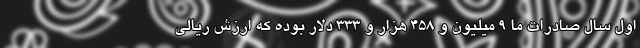
اول سال صادرات ما 9 میلیون و 458 هزار و 333 دلار بوده که ارزش ریالی